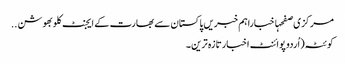
مرکزی صفحہاخباراہم خبریں پاکستان سے بھارت کے ایجنٹ کلوبھوشن ..
کوئٹہ(اُردو پوائنٹ اخبارتازہ ترین۔